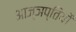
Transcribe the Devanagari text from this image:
आज्ञप्तियों